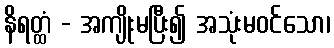
နိရတ္ထံ - အကျိုးမပြီး၍ အသုံးမဝင်သော၊